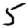
Digit: 5